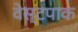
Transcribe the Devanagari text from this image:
वेस्टपाक